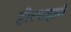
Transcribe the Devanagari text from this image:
हीरशहाने